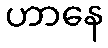
ဟာနေ